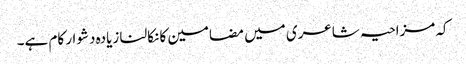
کہ مزاحیہ شاعری میں مضامین کا نکالنا زیادہ دشوار کام ہے۔